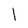
Character: 1